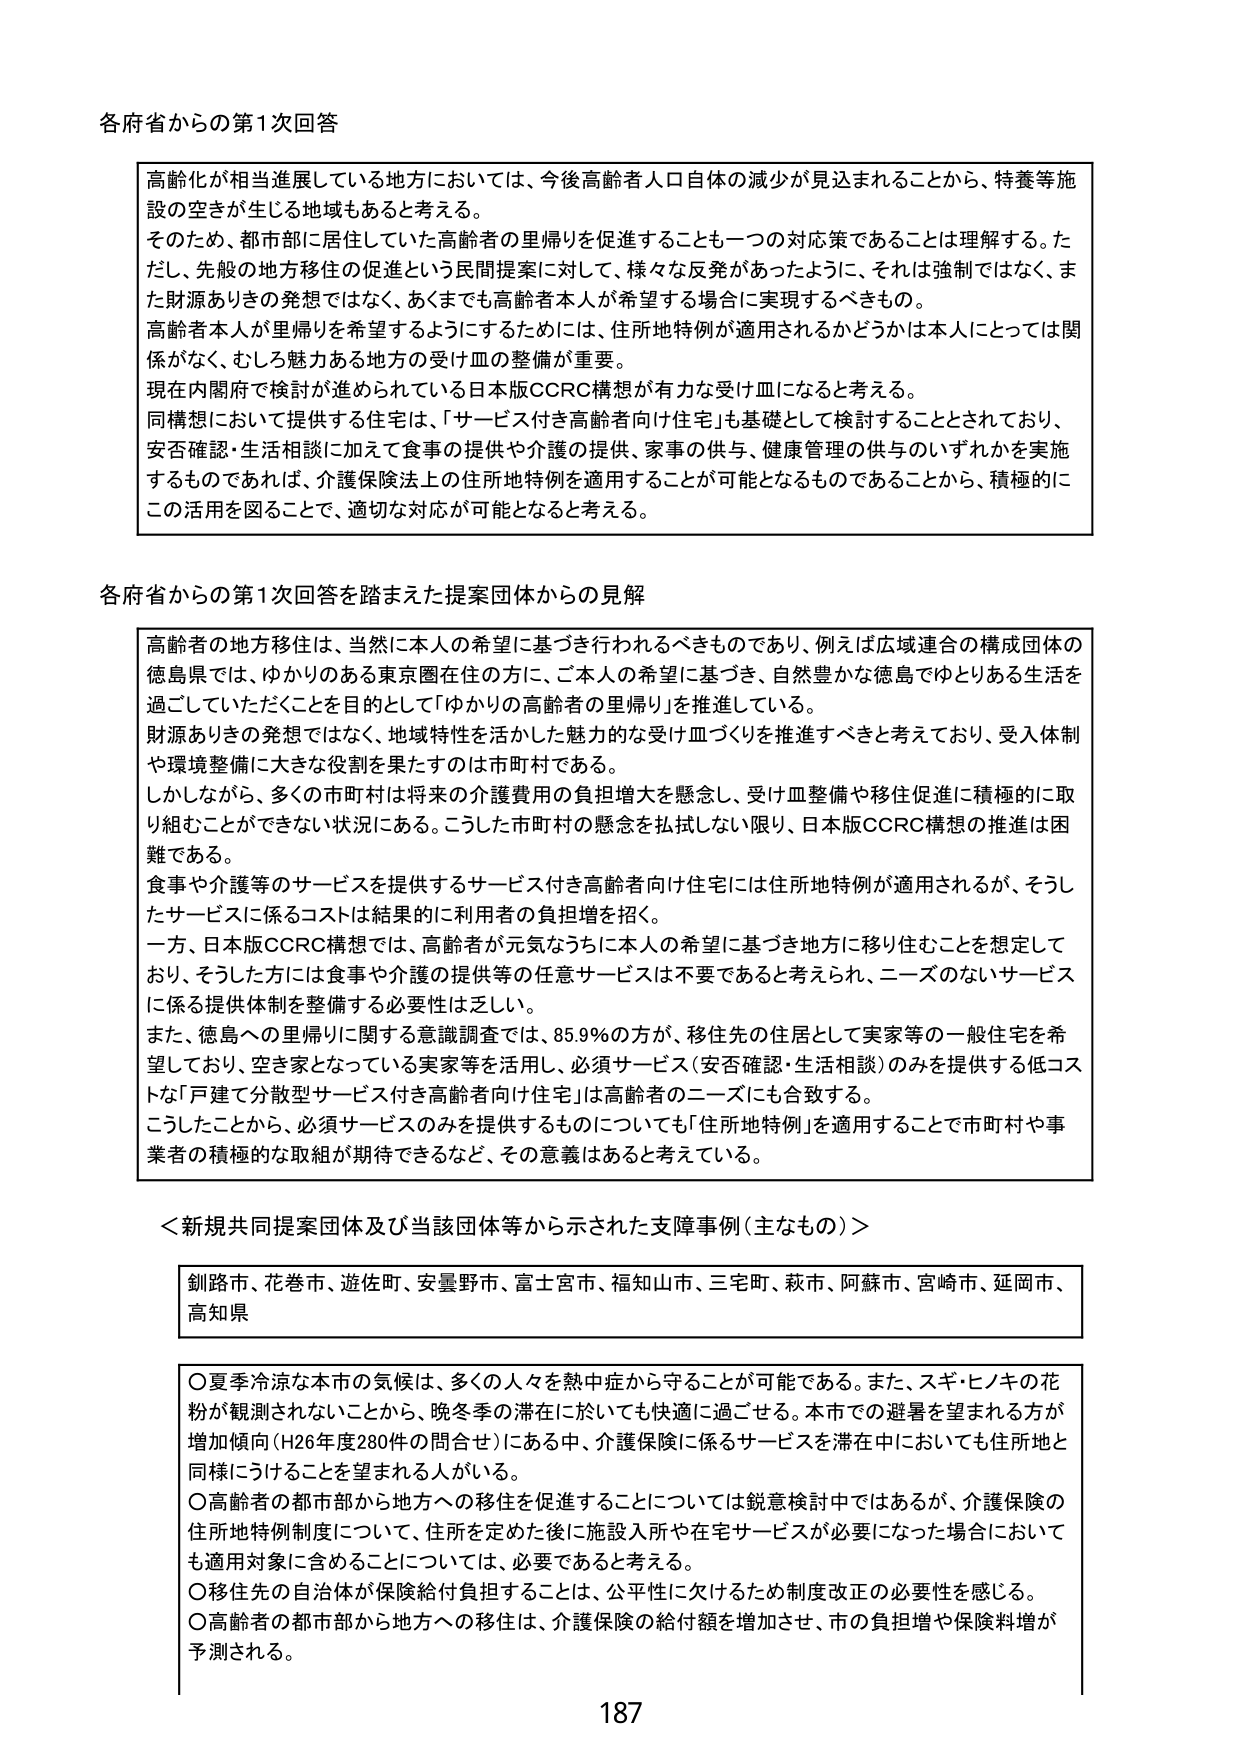
各府省からの第1次回答

高齢化が相当進展している地方においては、今後高齢者人口自体の減少が見込まれることから、特養等施設の空きが生じる地域もあると考える。
そのため、都市部に居住していた高齢者の里帰りを促進することも一つの対応策であることは理解する。ただし、先般の地方移住の促進という民間提案に対して、様々な反発があったように、それは強制ではなく、また財源ありきの発想ではなく、あくまでも高齢者本人が希望する場合に実現するべきもの。
高齢者本人が里帰りを希望するようにするためには、住所地特例が適用されるかどうかは本人にとっては関係がなく、むしろ魅力ある地方の受け皿の整備が重要。
現在内閣府で検討が進められている日本版CCRC構想が有力な受け皿になると考える。
同構想において提供する住宅は、「サービス付き高齢者向け住宅」も基礎として検討することとされており、安否確認・生活相談に加えて食事の提供や介護の提供、家事の供与、健康管理の供与のいずれかを実施するものであれば、介護保険法上の住所地特例を適用することが可能となるものであることから、積極的にこの活用を図ることで、適切な対応が可能となると考える。

各府省からの第1次回答を踏まえた提案団体からの見解

高齢者の地方移住は、当然に本人の希望に基づき行われるべきものであり、例えば広域連合の構成団体の徳島県では、ゆかりのある東京圏在住の方に、ご本人の希望に基づき、自然豊かな徳島でゆとりある生活を過ごしていただくことを目的として「ゆかりの高齢者の里帰り」を推進している。
財源ありきの発想ではなく、地域特性を活かした魅力的な受け皿づくりを推進すべきと考えており、受入体制や環境整備に大きな役割を果たすのは市町村である。
しかしながら、多くの市町村は将来の介護費用の負担増大を懸念し、受け皿整備や移住促進に積極的に取り組むことができない状況にある。こうした市町村の懸念を払拭しない限り、日本版CCRC構想の推進は困難である。
食事や介護等のサービスを提供するサービス付き高齢者向け住宅には住所地特例が適用されるが、そうしたサービスに係るコストは結果的に利用者の負担増を招く。
一方、日本版CCRC構想では、高齢者が元気なうちに本人の希望に基づき地方に移り住むことを想定しており、そうした方には食事や介護の提供等の任意サービスは不要であると考えられ、ニーズのないサービスに係る提供体制を整備する必要性は乏しい。
また、徳島への里帰りに関する意識調査では、85.9％の方が、移住先の住居として実家等の一般住宅を希望しており、空き家となっている実家等を活用し、必須サービス（安否確認・生活相談）のみを提供する低コストな「戸建て分散型サービス付き高齢者向け住宅」は高齢者のニーズにも合致する。
こうしたことから、必須サービスのみを提供するものについても「住所地特例」を適用することで市町村や事業者の積極的な取組が期待できるなど、その意義はあると考えている。

＜新規共同提案団体及び当該団体等から示された支障事例（主なもの）＞

釧路市、花巻市、遊佐町、安曇野市、富士宮市、福知山市、三宅町、萩市、阿蘇市、宮崎市、延岡市、高知県

〇夏季冷涼な本市の気候は、多くの人々を熱中症から守ることが可能である。また、スギ・ヒノキの花粉が観測されないことから、晩冬季の滞在に於いても快適に過ごせる。本市での避暑を望まれる方が増加傾向（H26年度280件の問合せ）にある中、介護保険に係るサービスを滞在中においても住所地と同様にうけることを望まれる人がいる。
〇高齢者の都市部から地方への移住を促進することについては鋭意検討中ではあるが、介護保険の住所地特例制度について、住所を定めた後に施設入所や在宅サービスが必要になった場合においても適用対象に含めることについては、必要であると考える。
〇移住先の自治体が保険給付負担することは、公平性に欠けるため制度改正の必要性を感じる。
〇高齢者の都市部から地方への移住は、介護保険の給付額を増加させ、市の負担増や保険料増が予測される。

187